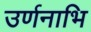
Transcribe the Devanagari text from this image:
उर्णनाभि